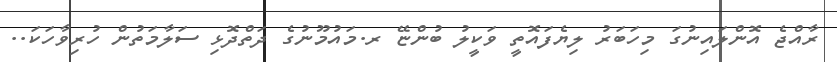
ރާއްޖެ އޮންލައިނުގަ މިހަބަރު ލިޔެފައޮތީ ވަކީލު ބުންޏޭ ރ.މައުމޫނުގެ ދަތްދޮޅި ސަލާމަތުން ހުރިވާހަކަ..